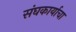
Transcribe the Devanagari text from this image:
संघकार्याचा